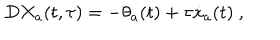
LaTeX: D X _ { a } ( t , \tau ) = - \theta _ { a } ( t ) + \tau { \dot { x } } _ { a } ( t ) \ ,